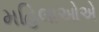
મહિલાઓએ